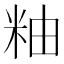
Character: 粙